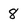
Character: 8